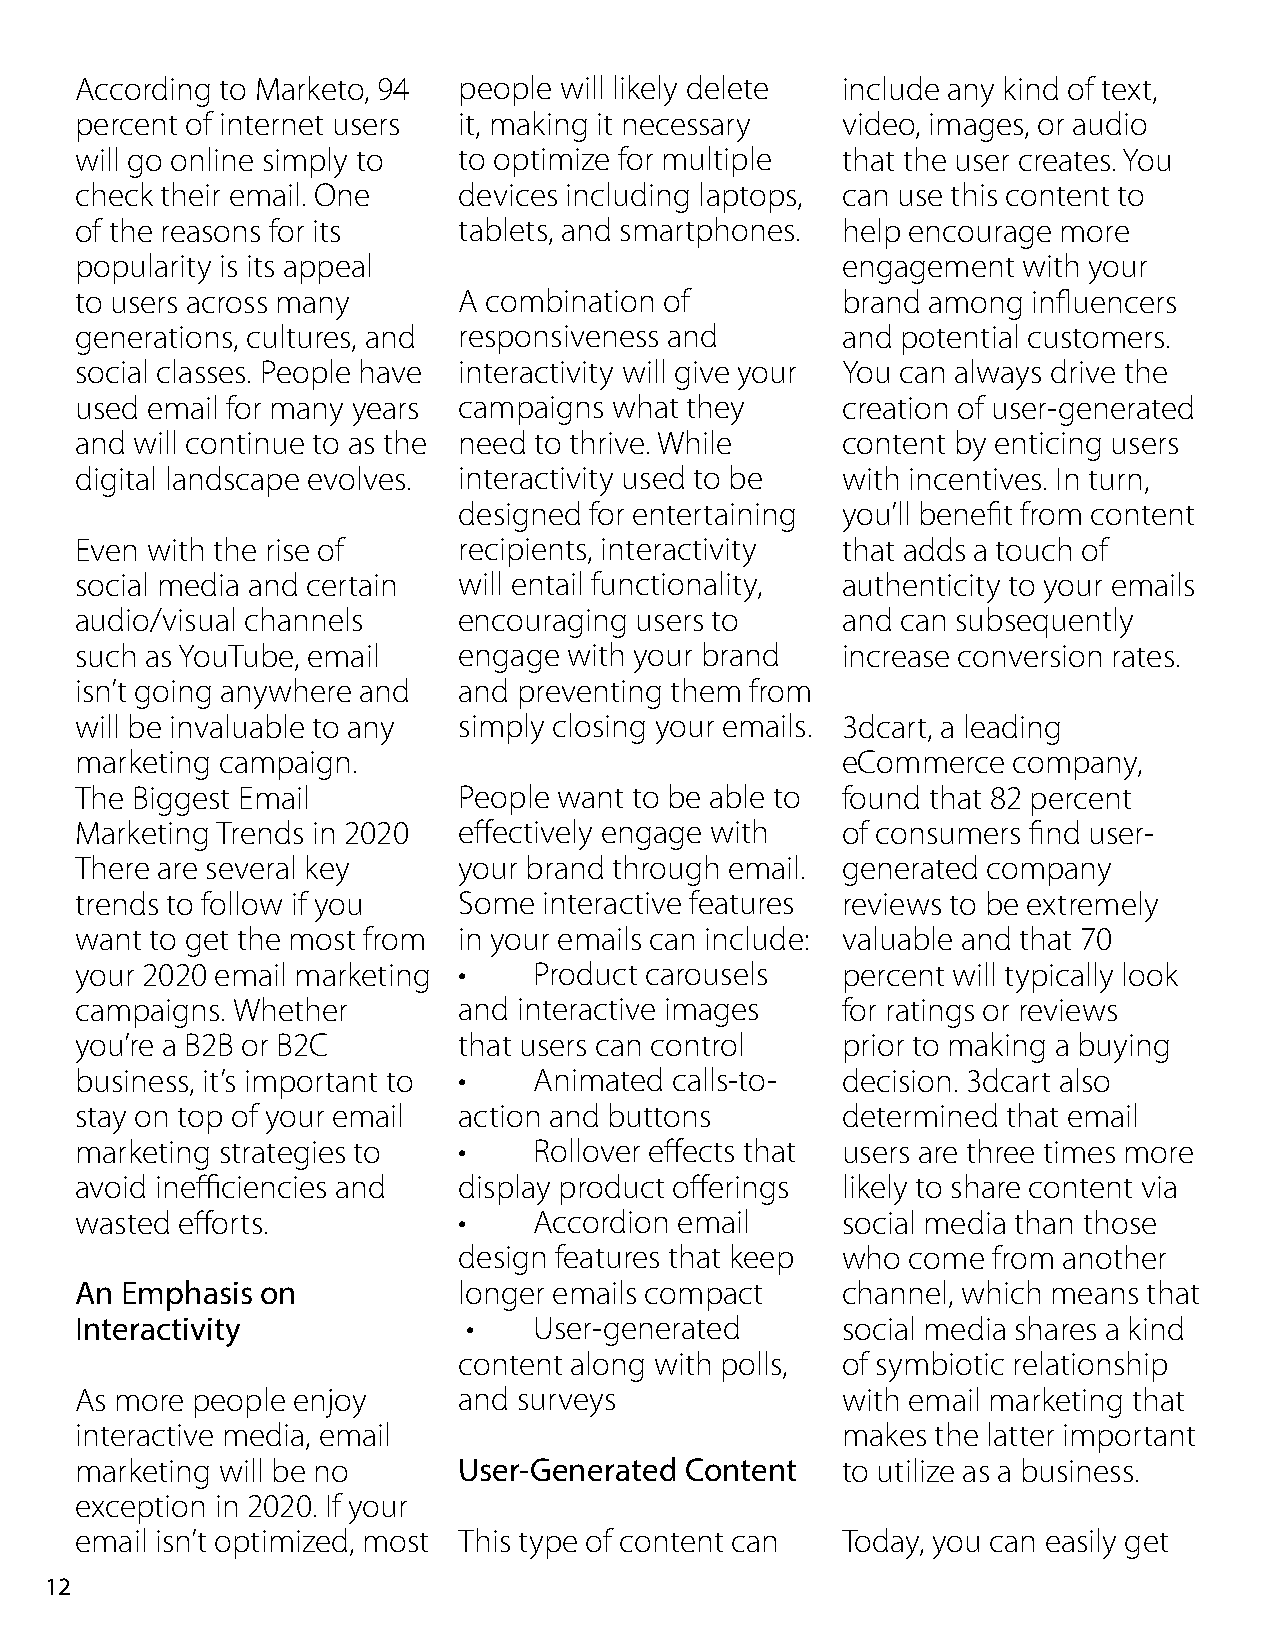
According to Marketo, 94 people will likely delete include any kind of text,
 percent of internet users it, making it necessary  video, images, or audio
 will go online simply to to optimize for multiple  that the user creates. You
 check their email. One   devices including laptops, can use this content to
 of the reasons for its   tablets, and smartphones. help encourage more
 popularity is its appeal                           engagement  with your
 to users across many     A combination of          brand among influencers
 generations, cultures, and responsiveness and      and potential customers.
 social classes. People have interactivity will give your You can always drive the
 used email for many years campaigns what they      creation of user-generated
 and will continue to as the need to thrive. While  content by enticing users
 digital landscape evolves. interactivity used to be with incentives. In turn,
 designed for entertaining you’ll benefit from content
 Even with the rise of    recipients, interactivity that adds a touch of
 social media and certain will entail functionality, authenticity to your emails
 audio/visual channels    encouraging users to      and can subsequently
 such as YouTube, email   engage  with your brand   increase conversion rates.
 isn’t going anywhere and and preventing them from
 will be invaluable to any simply closing your emails. 3dcart, a leading
 marketing campaign.                                eCommerce  company,
 The Biggest Email        People want to be able to found that 82 percent
 Marketing Trends in 2020 effectively engage with   of consumers find user-
 There are several key    your brand through email. generated company
 trends to follow if you  Some  interactive features reviews to be extremely
 want to get the most from in your emails can include: valuable and that 70
 your 2020 email marketing •   Product carousels    percent will typically look
 campaigns. Whether       and interactive images    for ratings or reviews
 you’re a B2B or B2C      that users can control    prior to making a buying
 business, it’s important to • Animated calls-to-   decision. 3dcart also
 stay on top of your email action and buttons       determined that email
 marketing strategies to  •    Rollover effects that users are three times more
 avoid inefficiencies and display product offerings likely to share content via
 wasted efforts.          •    Accordion email      social media than those
 design features that keep who come  from another
 An Emphasis on           longer emails compact     channel, which means that
 Interactivity             •   User-generated       social media shares a kind
 content along with polls, of symbiotic relationship
 As more people enjoy     and surveys               with email marketing that
 interactive media, email                           makes the latter important
 marketing will be no     User-Generated Content    to utilize as a business.
 exception in 2020. If your
 email isn’t optimized, most This type of content can Today, you can easily get
 12